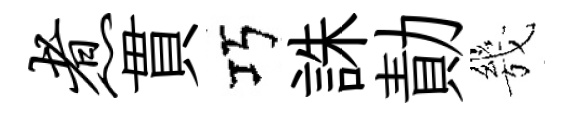
煮貫巧誅勣㡬